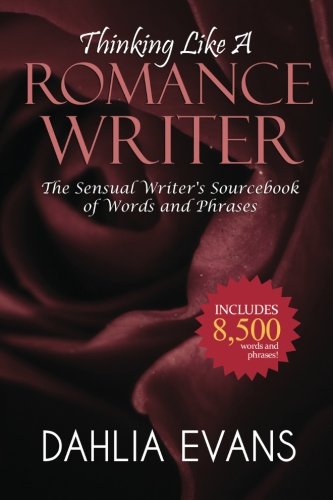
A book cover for Thinking Like A Romance Writer: The Sensual Writer's Sourcebook of Words and Phrases; Dahlia Evans; Romance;